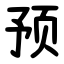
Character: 预